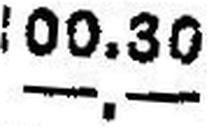
—.—